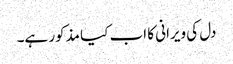
دل کی ویرانی کا اب کیا مذکور ہے۔